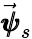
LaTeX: \vec{\pmb{{\psi}}}_{s}